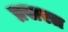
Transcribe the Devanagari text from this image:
प्रसरत